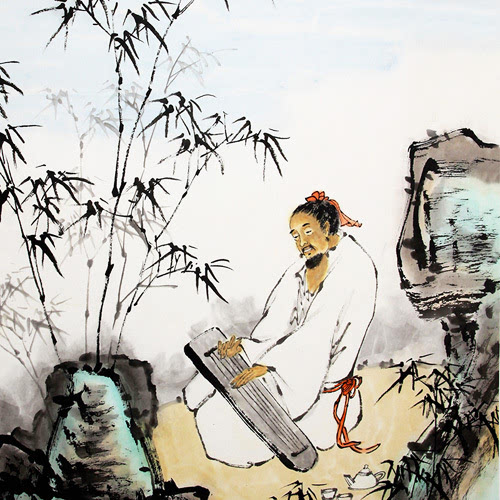
深林人不知，明月来相照。